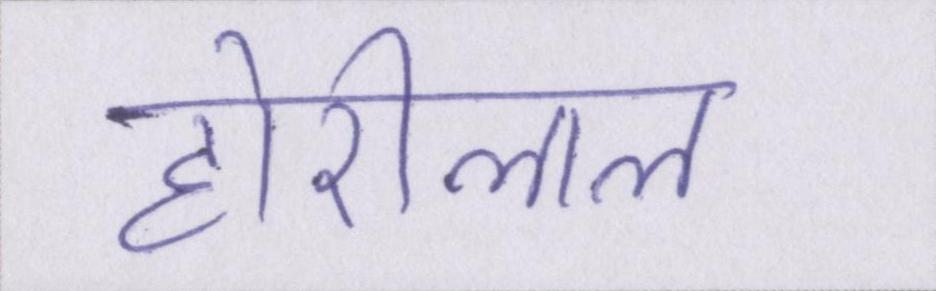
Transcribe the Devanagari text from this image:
होरीलाल